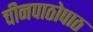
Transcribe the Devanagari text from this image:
चीनपाठोपाठ